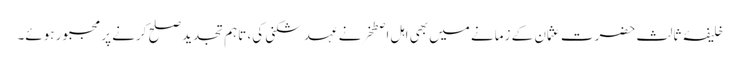
خلیفۂ ثالث حضرت عثمان کے زمانے میں بھی اہل اصطخرنے عہد شکنی کی، تاہم تجدید صلح کرنے پر مجبور ہوئے۔